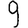
Digit: 9